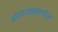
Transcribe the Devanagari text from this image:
आंतरजालाकरिता